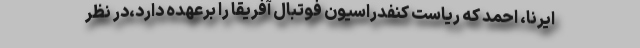
ایرنا، احمد که ریاست کنفدراسیون فوتبال آفریقا را برعهده دارد،در نظر